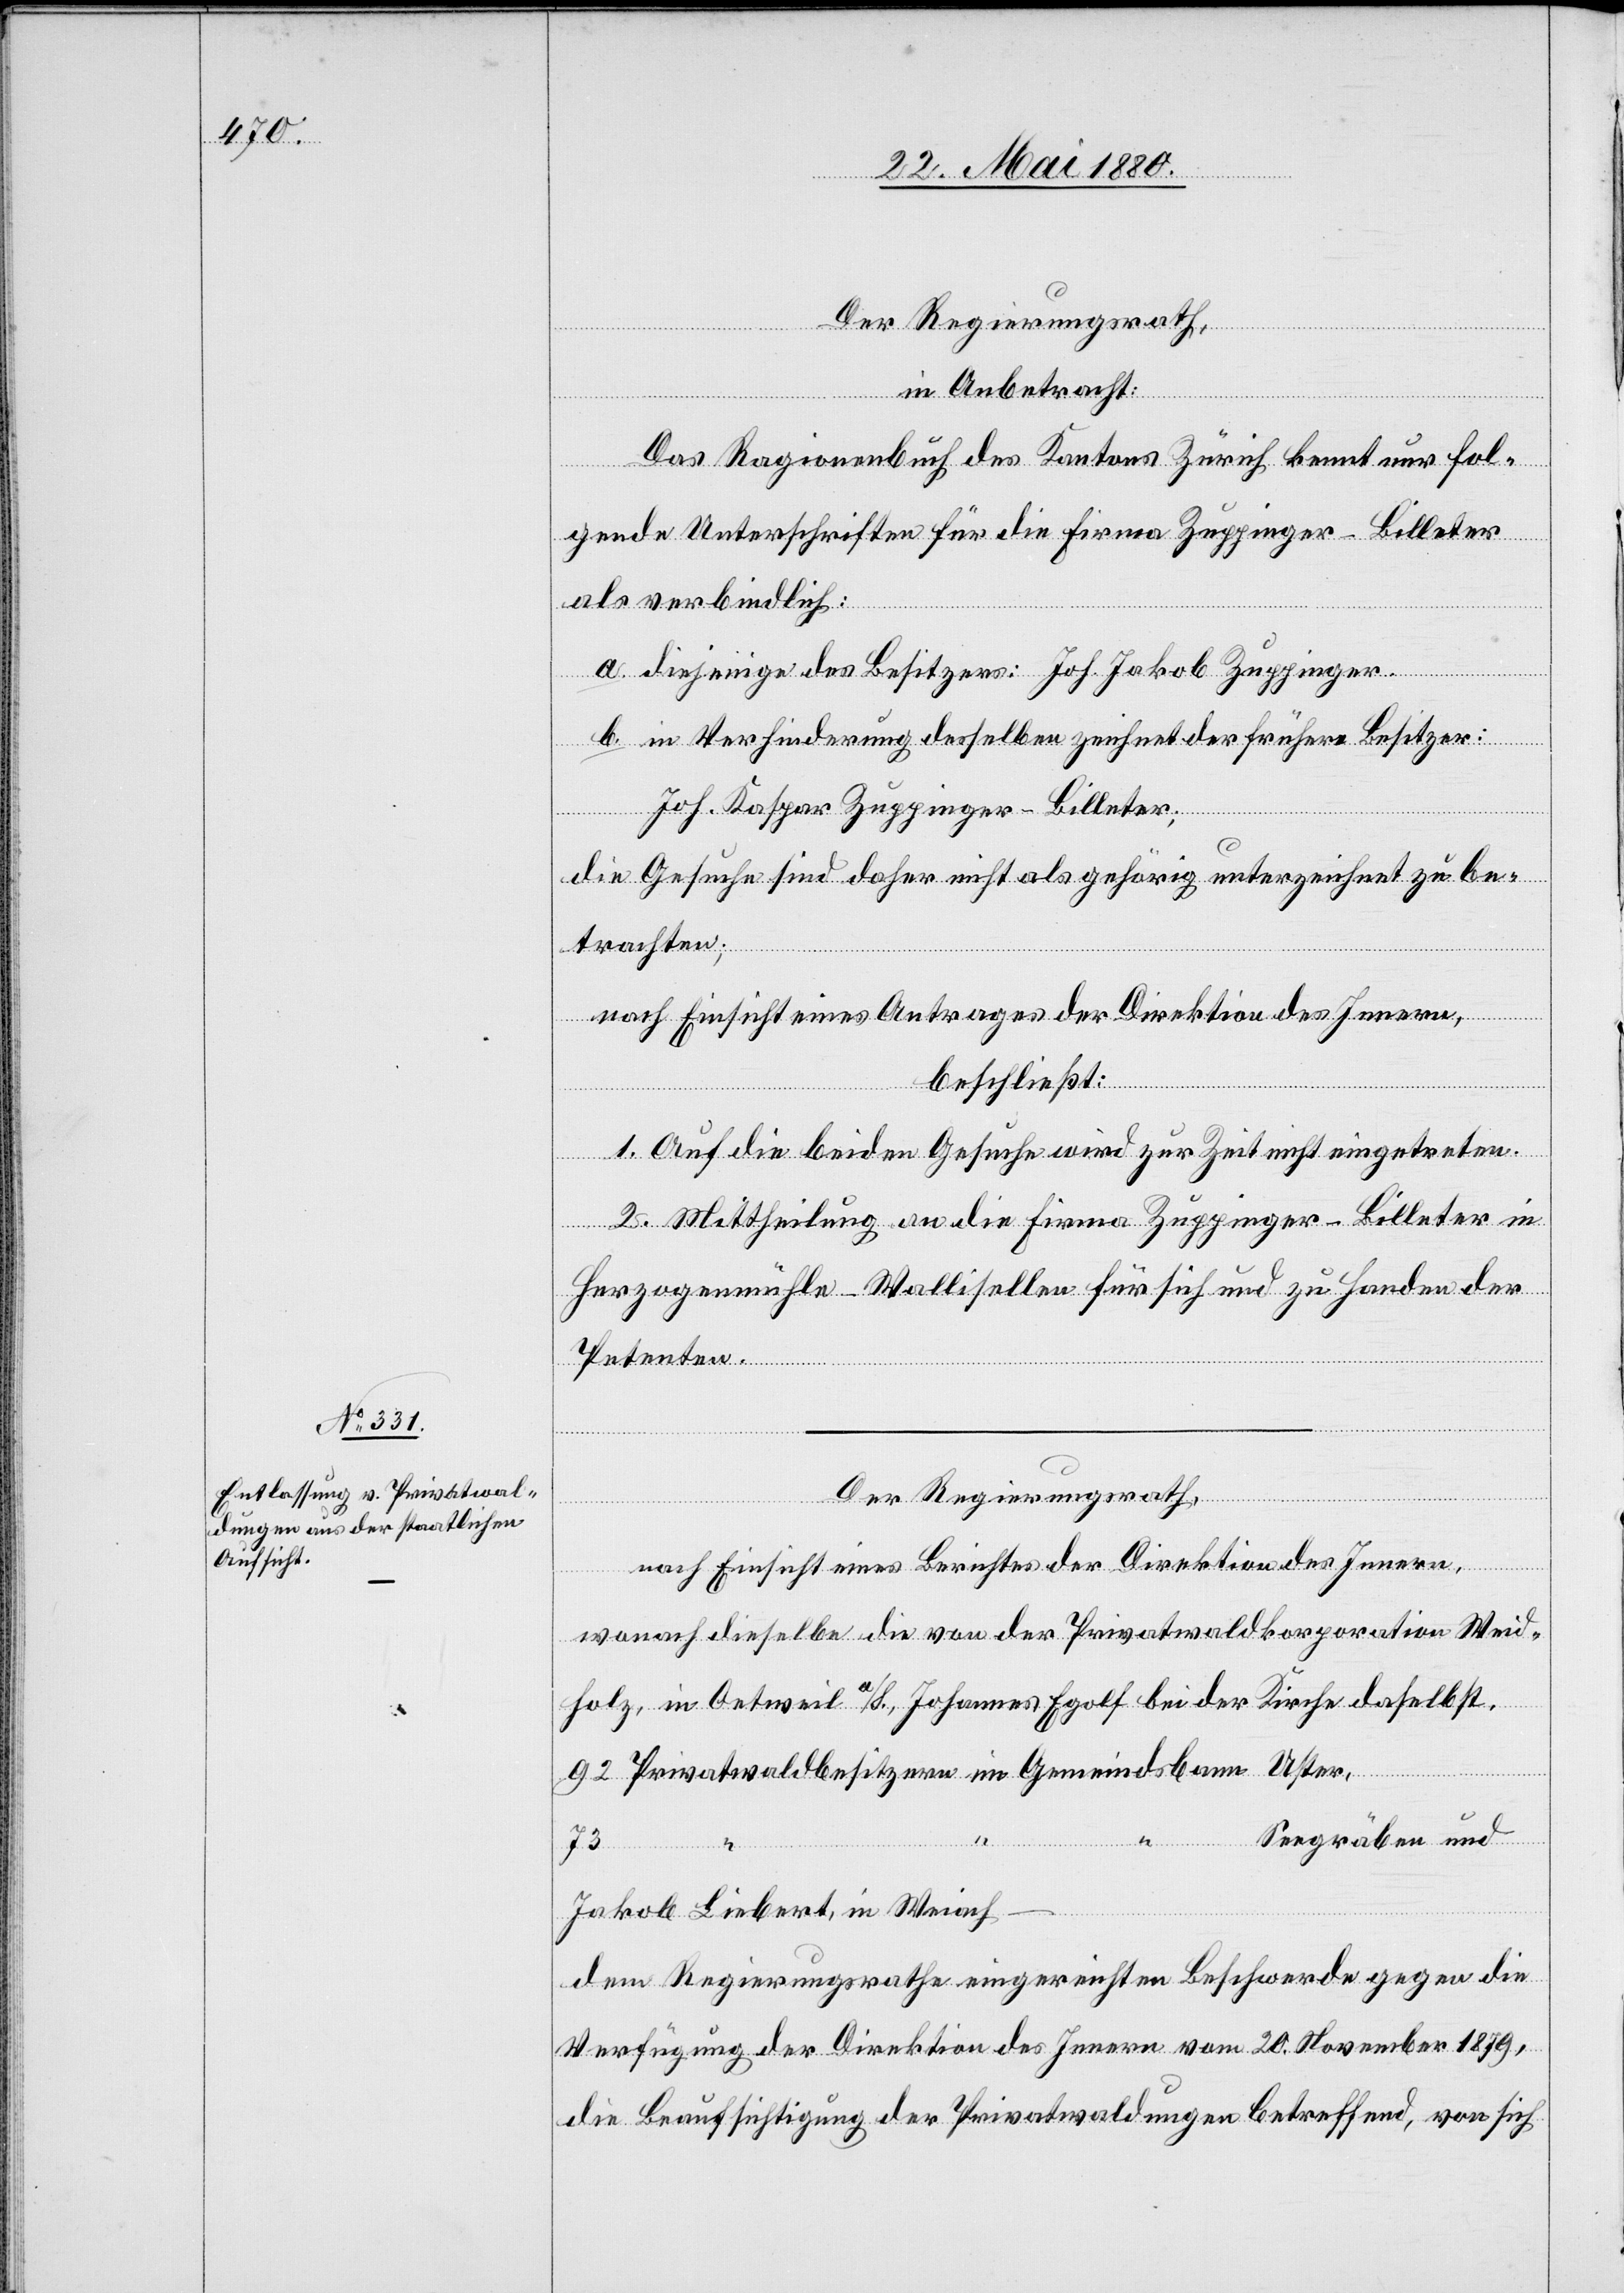
Der Regierungsrath,
in Anbetracht:
Das Ragionenbuch des Kantons Zürich kennt nur fol¬
gende Unterschriften für die Firma Zuppinger-Billeter
als verbindlich:
a. diejenige des Besitzers: Joh. Jakob Zuppinger.
b. in Verhinderung desselben zeichnet der frühere Besitzer:
Joh. Kaspar Zuppinger-Billeter;
die Gesuche sind daher nicht als gehörig unterzeichnet zu be¬
trachten;
nach Einsicht eines Antrages der Direktion des Innern,
beschließt:
1. Auf die beiden Gesuche wird zur Zeit nicht eingetreten.
2. Mittheilung an die Firma Zuppinger-Billeter in
Herzogenmühle - Wallisellen für sich und zu Handen der
Petenten.
Der Regierungsrath,
nach Einsicht eines Berichtes der Direktion des Innern,
“
“
wonach dieselbe die von der Privatwaldkorporation Weid¬
holz, in Oetweil a/S., Johannes Egolf bei der Kirch daselbst,
92 Privatwaldbesitzern im Gemeindsbann Uster,
Seegräben und
73
Jakob Liebert, in Weiach
dem Regierungsrathe eingereichte Beschwerde gegen die
Verfügung der Direktion des Innern vom 20. November 1879,
die Beaufsichtigung der Privatwaldungen betreffend, von sich